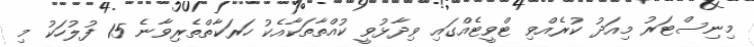
މިނިސްޓަރު މިއަދު ކުރެއްވި ޓްވީޓެއްގައި ވިދާޅުވީ ކުއްތާތަކާއެކު ހަރަކާތްތެރިވާނެ 15 ފުލުހަކު މި